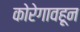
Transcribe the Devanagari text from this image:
कोरेगावहून